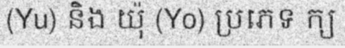
(Yu) និង យ៉ុ (Yo) ប្រភេទ ក្យ